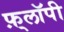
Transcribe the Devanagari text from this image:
फ़्लॉपी